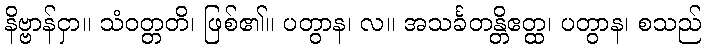
နိဗ္ဗာန်ငှာ။ သံဝတ္တတိ၊ ဖြစ်၏။ ပတွာန၊ လ။ အသင်္ခတန္တိဧတ္ထ၊ ပတွာန၊ စသည်